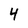
Character: 4